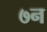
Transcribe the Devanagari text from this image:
७न